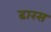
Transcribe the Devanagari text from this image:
ढारस